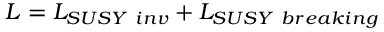
\cal L \mit = \cal L \mit _ { S U S Y ~ i n v } + \cal L \mit _ { S U S Y ~ b r e a k i n g }